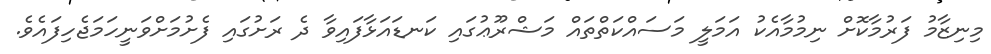
މިނިޒާމު ފަރުމާކޮށް ނިމުމާއެކު އަމަލީ މަސައްކަތްތައް މަޝްރޫޢުގައި ކަނޑައަޅާފައިވާ ދެ ރަށުގައި ފެށުމަށްވަނީހަމަޖެހިފައެވެ.